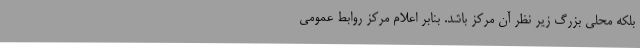
بلکه محلی بزرگ زیر نظر آن مرکز باشد. بنابر اعلام مرکز روابط عمومی